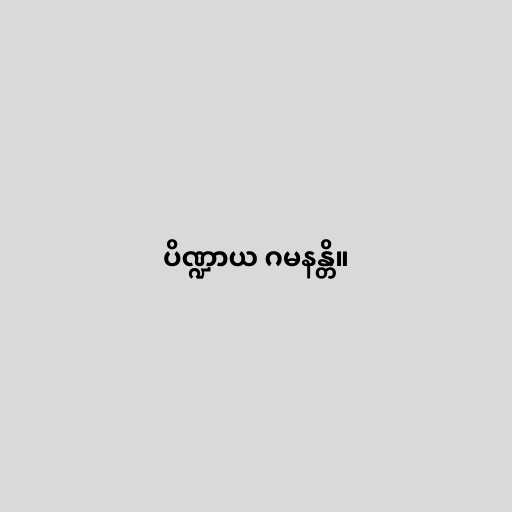
ပိဏ္ဍာယ ဂမနန္တိ။